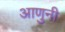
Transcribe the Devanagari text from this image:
आणुनी